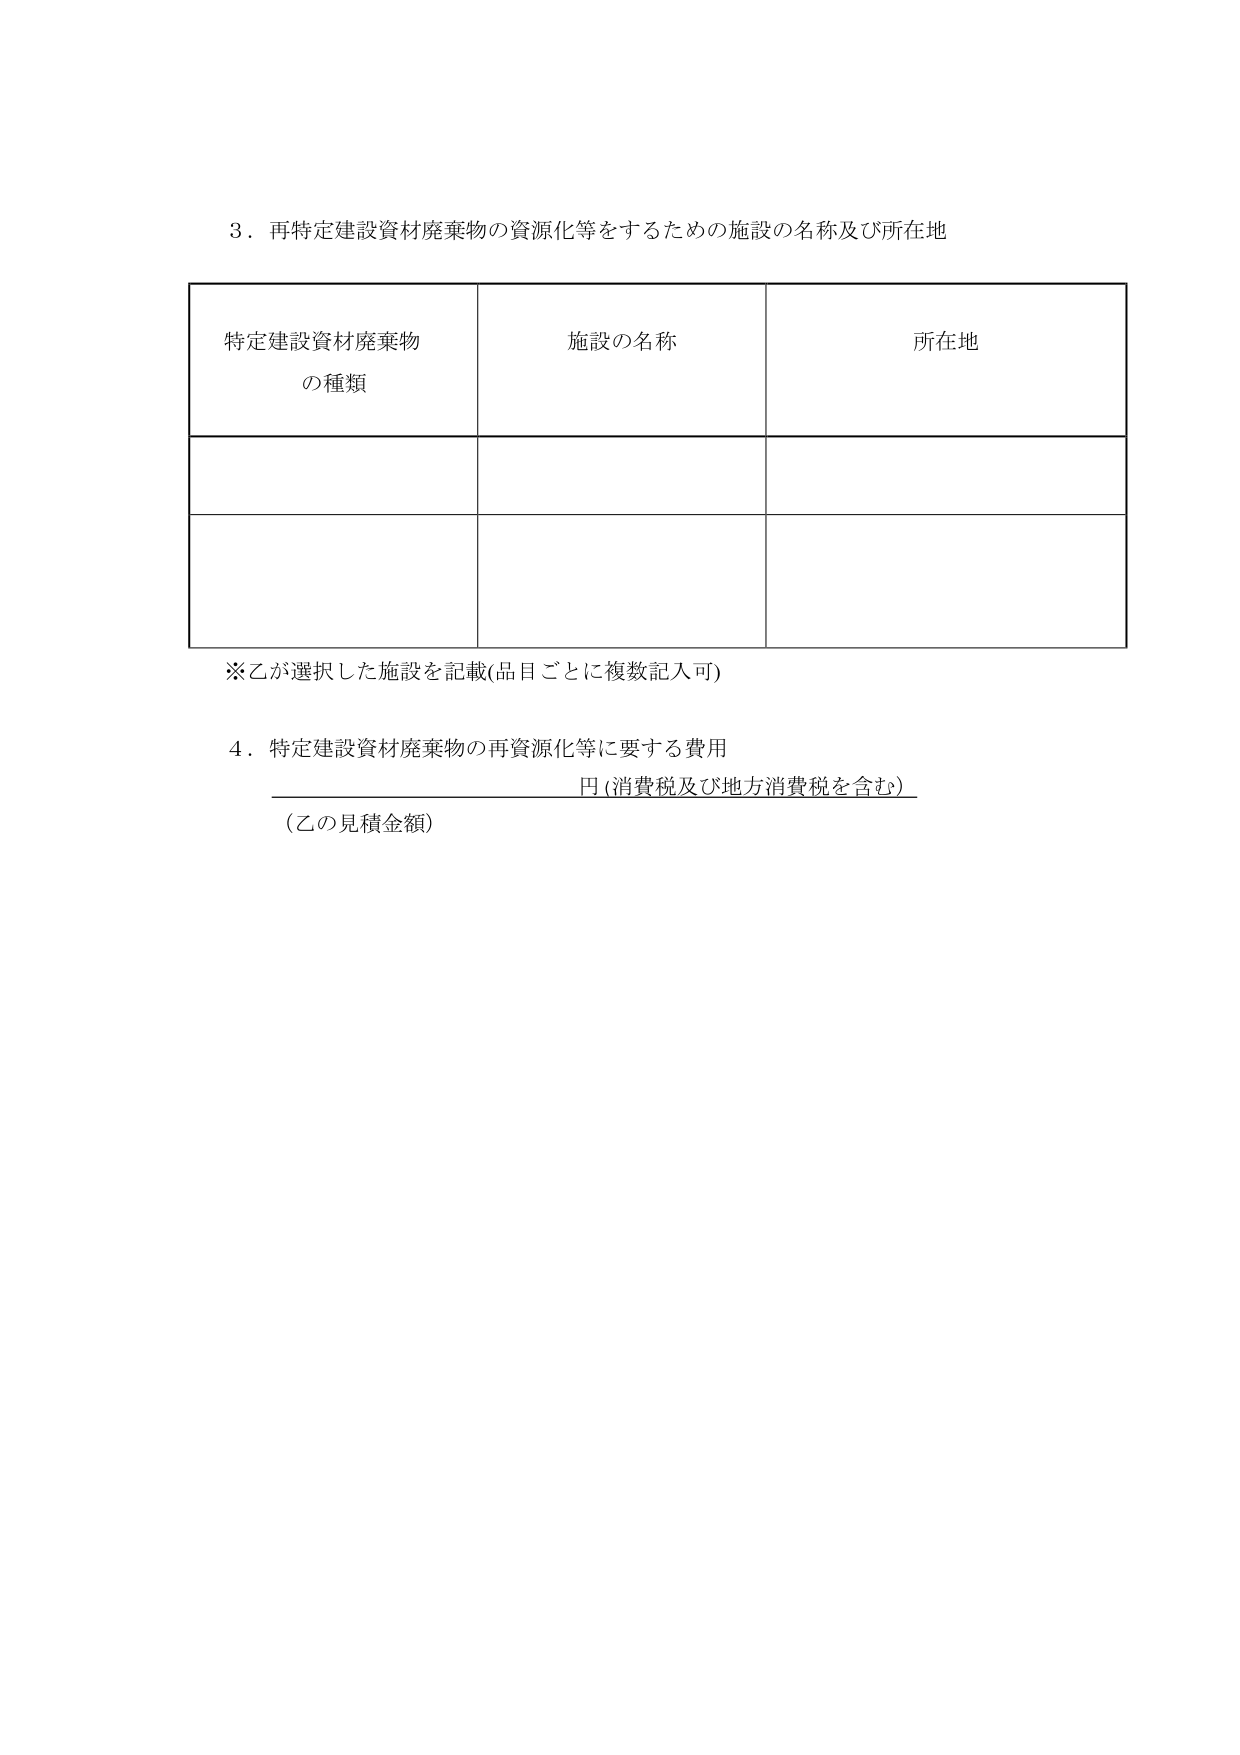
3．再特定建設資材廃棄物の資源化等をするための施設の名称及び所在地

特定建設資材廃棄物
の種類　　　　　　　　施設の名称　　　　　　　　所在地

※乙が選択した施設を記載(品目ごとに複数記入可)

4．特定建設資材廃棄物の再資源化等に要する費用
　　　　　　　　　　　　　　　　　　　　　　円（消費税及び地方消費税を含む）
（乙の見積金額）